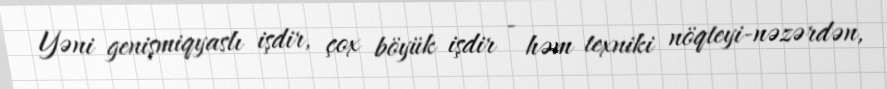
Yəni genişmiqyaslı işdir, çox böyük işdir - həm texniki nöqteyi-nəzərdən,